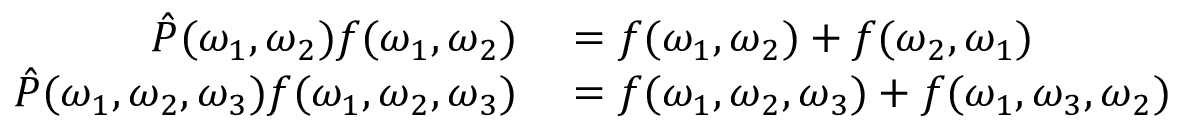
\begin{array} { r l } { \hat { P } ( \omega _ { 1 } , \omega _ { 2 } ) f ( \omega _ { 1 } , \omega _ { 2 } ) } & { { } = f ( \omega _ { 1 } , \omega _ { 2 } ) + f ( \omega _ { 2 } , \omega _ { 1 } ) } \\ { \hat { P } ( \omega _ { 1 } , \omega _ { 2 } , \omega _ { 3 } ) f ( \omega _ { 1 } , \omega _ { 2 } , \omega _ { 3 } ) } & { { } = f ( \omega _ { 1 } , \omega _ { 2 } , \omega _ { 3 } ) + f ( \omega _ { 1 } , \omega _ { 3 } , \omega _ { 2 } ) } \end{array}